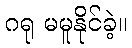
ဂရု မမူနိုင်ခဲ့။